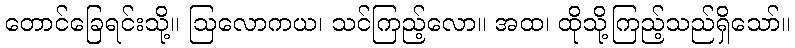
တောင်ခြေရင်းသို့။ ဩလောကယ၊ သင်ကြည့်လော။ အထ၊ ထိုသို့ကြည့်သည်ရှိသော်။